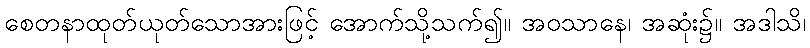
စေတနာထုတ်ယုတ်သောအားဖြင့် အောက်သို့သက်၍။ အဝသာနေ၊ အဆုံး၌။ အဒါသိ၊